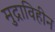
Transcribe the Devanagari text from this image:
मुद्राविहीन